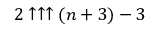
2 \uparrow \uparrow \uparrow ( n + 3 ) - 3